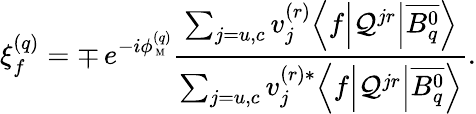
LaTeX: \xi_{f}^{(q)}=\mp\, e^{-i\phi_{\mathrm{{\scriptsize~M}}}^{(q)}}\frac{\sum_{j=u,c}v_{j}^{(r)}\Bigl\langle f\Bigl|{\cal Q}^{jr}\Bigr|\overline{{{B_{q}^{0}}}}\Bigr\rangle}{\sum_{j=u,c}v_{j}^{(r)\ast}\Bigl\langle f\Bigl|{\cal Q}^{jr}\Bigr|\overline{{{B_{q}^{0}}}}\Bigr\rangle}.